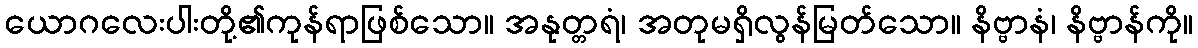
ယောဂလေးပါးတို့၏ကုန်ရာဖြစ်သော။ အနုတ္တရံ၊ အတုမရှိလွန်မြတ်သော။ နိဗ္ဗာနံ၊ နိဗ္ဗာန်ကို။